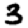
Digit: 3